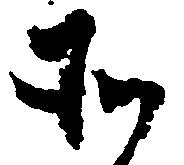
そ